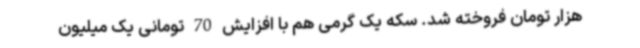
هزار تومان فروخته شد. سکه یک گرمی هم با افزایش 70 تومانی یک میلیون